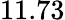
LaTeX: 11.73